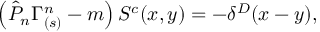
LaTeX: \left( \hat { { \cal P } } _ { n } \Gamma _ { ( s ) } ^ { n } - m \right) S ^ { c } ( x , y ) = - \delta ^ { D } ( x - y ) ,